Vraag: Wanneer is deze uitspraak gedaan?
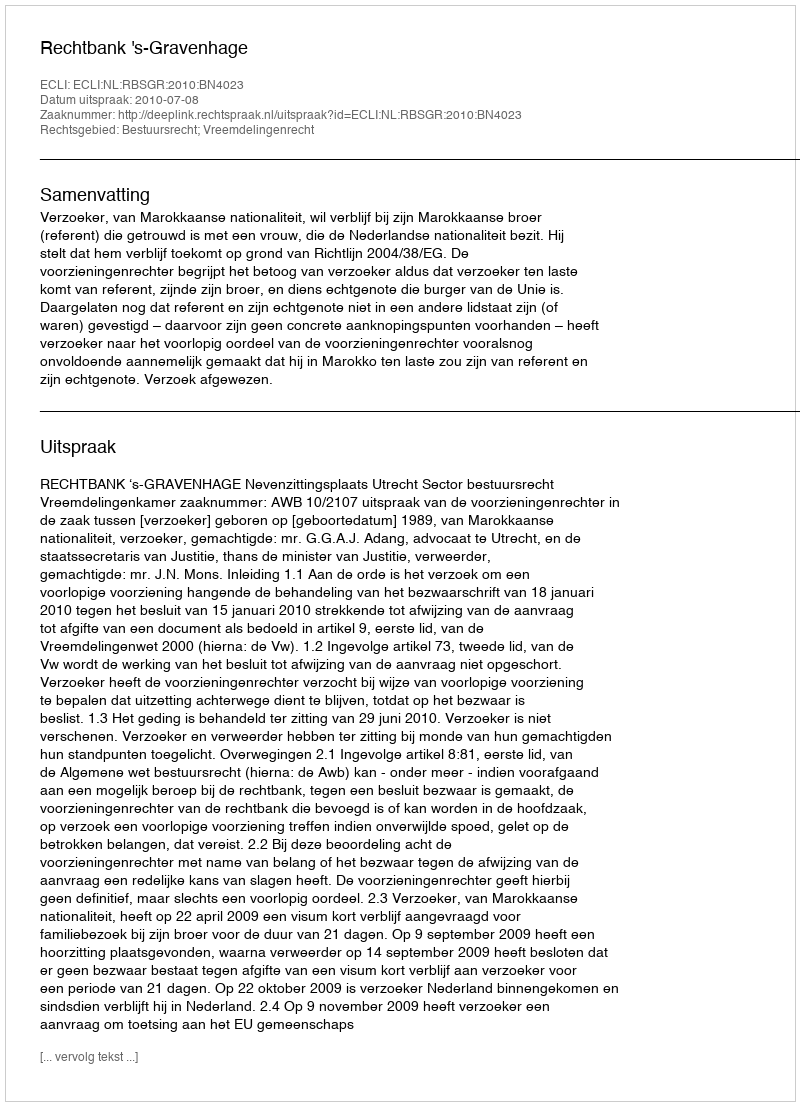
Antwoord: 2010-07-08